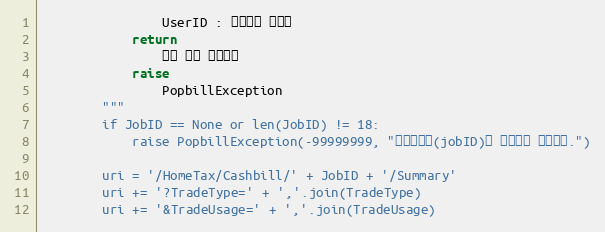
Language: Python
                UserID : 팝빌회원 아이디
            return
                수집 결과 요약정보
            raise
                PopbillException
        """
        if JobID == None or len(JobID) != 18:
            raise PopbillException(-99999999, "작업아이디(jobID)가 올바르지 않습니다.")

        uri = '/HomeTax/Cashbill/' + JobID + '/Summary'
        uri += '?TradeType=' + ','.join(TradeType)
        uri += '&TradeUsage=' + ','.join(TradeUsage)